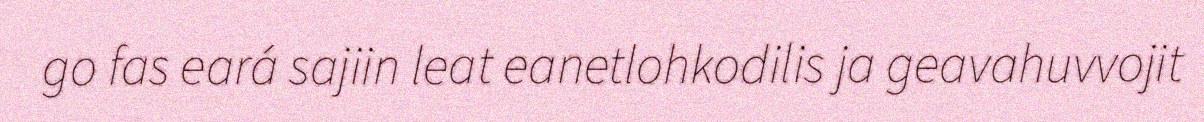
go fas eará sajiin leat eanetlohkodilis ja geavahuvvojit